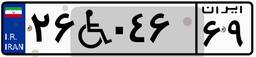
۲۶W۰۴۶۶۹